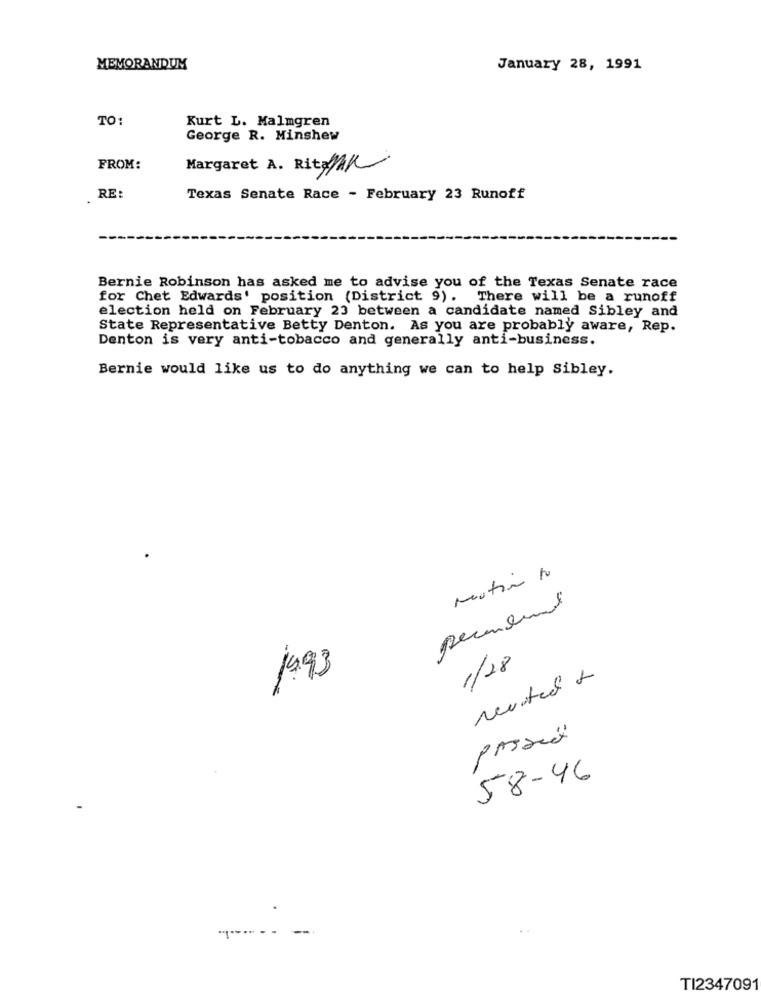
MEMORANDUM
January 28, 1991
TO:
Kurt L. Malmgren
George R. Minshew
FROM:
Margaret A. Rita/1/
RE:
Texas Senate Race - February 23 Runoff
Bernie Robinson has asked me to advise you of the Texas Senate race
for Chet Edwards' position (District 9). There will be a runoff
election held on February 23 between a candidate named Sibley and
State Representative Betty Denton. As you are probably aware, Rep.
Denton is very anti-tobacco and generally anti-business.
Bernie would like us to do anything we can to help Sibley.
Matin to
permail
1/28
1993
Neutel +
58-46
----- -
TI2347091